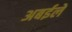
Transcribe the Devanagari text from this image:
अबईले